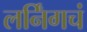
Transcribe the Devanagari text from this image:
लर्निंगचं